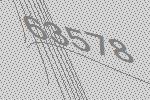
63578